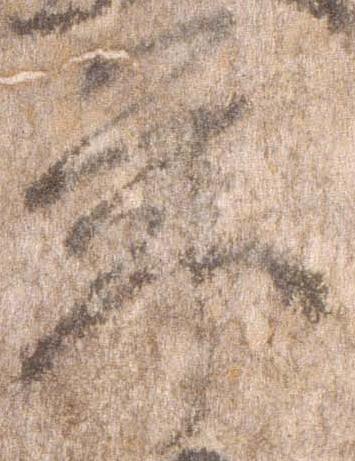
年